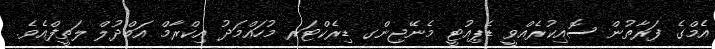
އެމްގެ ފަރާތުން ސޮއިކުރެއްވީ ޑެޕިއުޓީ މެނޭޖިންގ ޑިރެކްޓަރ މުހައްމަދު އިކްރާމް އަބްދުލް ލަތީފްއެވެ.